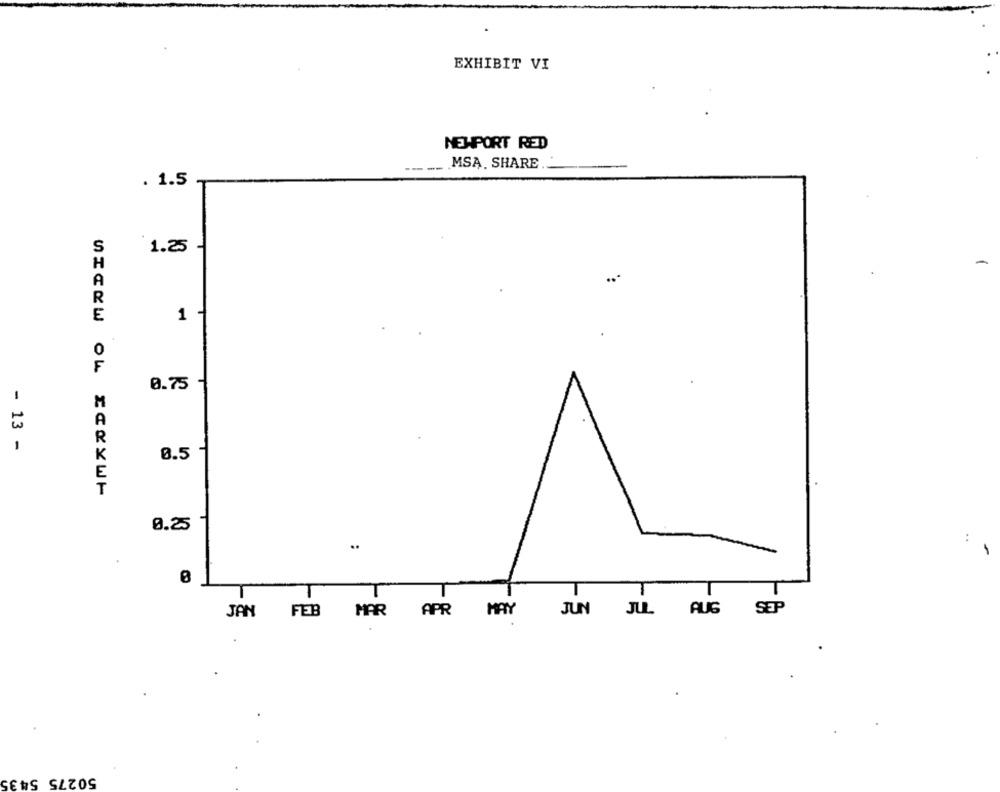
EXHIBIT VI
NEWPORT RED
MSĄ. SHARE
. 1.5
S
1.25
H
E
1 -
0
F
0.75
M
- 13 -
0.5
0.25
..
T
T
MAY
SEP
JAN FEB
MAR APR
JUN
JUL. AUG
50275 5435